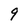
Character: 9